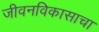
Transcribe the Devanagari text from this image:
जीवनविकासाचा